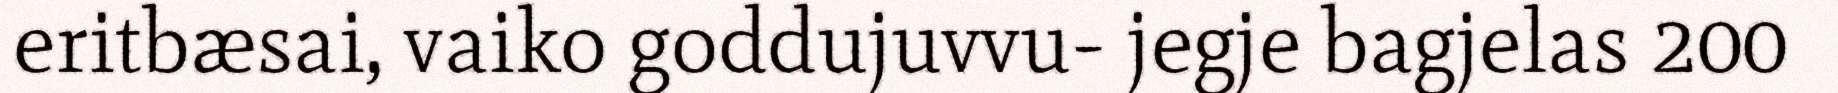
eritbæsai, vaiko goddujuvvu- jegje bagjelas 200